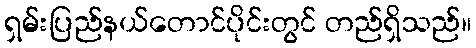
ရှမ်းပြည်နယ်တောင်ပိုင်းတွင် တည်ရှိသည်။